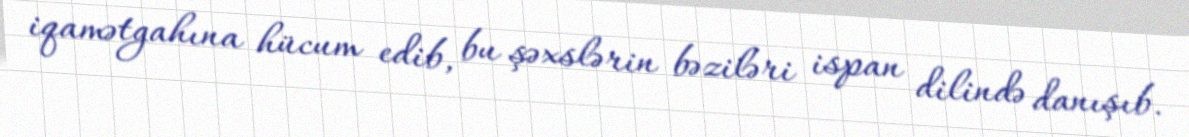
iqamətgahına hücum edib, bu şəxslərin bəziləri ispan dilində danışıb.